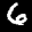
Label: 6